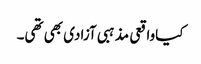
کیاواقعی مذہبی آزادی بھی تھی۔